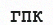
ГПК